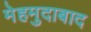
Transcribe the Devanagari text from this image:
मेहमुदाबाद